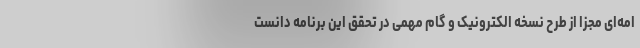
امه‌ای مجزا از طرح نسخه الکترونیک و گام مهمی در تحقق این برنامه دانست